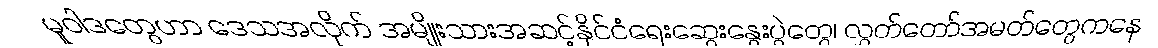
မူဝါဒတွေဟာ ဒေသအလိုက် အမျိုးသားအဆင့်နိုင်ငံရေးဆွေးနွေးပွဲတွေ၊ လွှတ်တော်အမတ်တွေကနေ